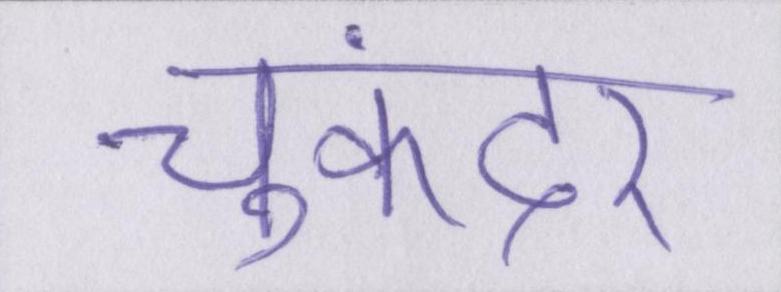
चुकंदर